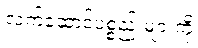
လက်ဆောင်ပစ္စည်းများကို